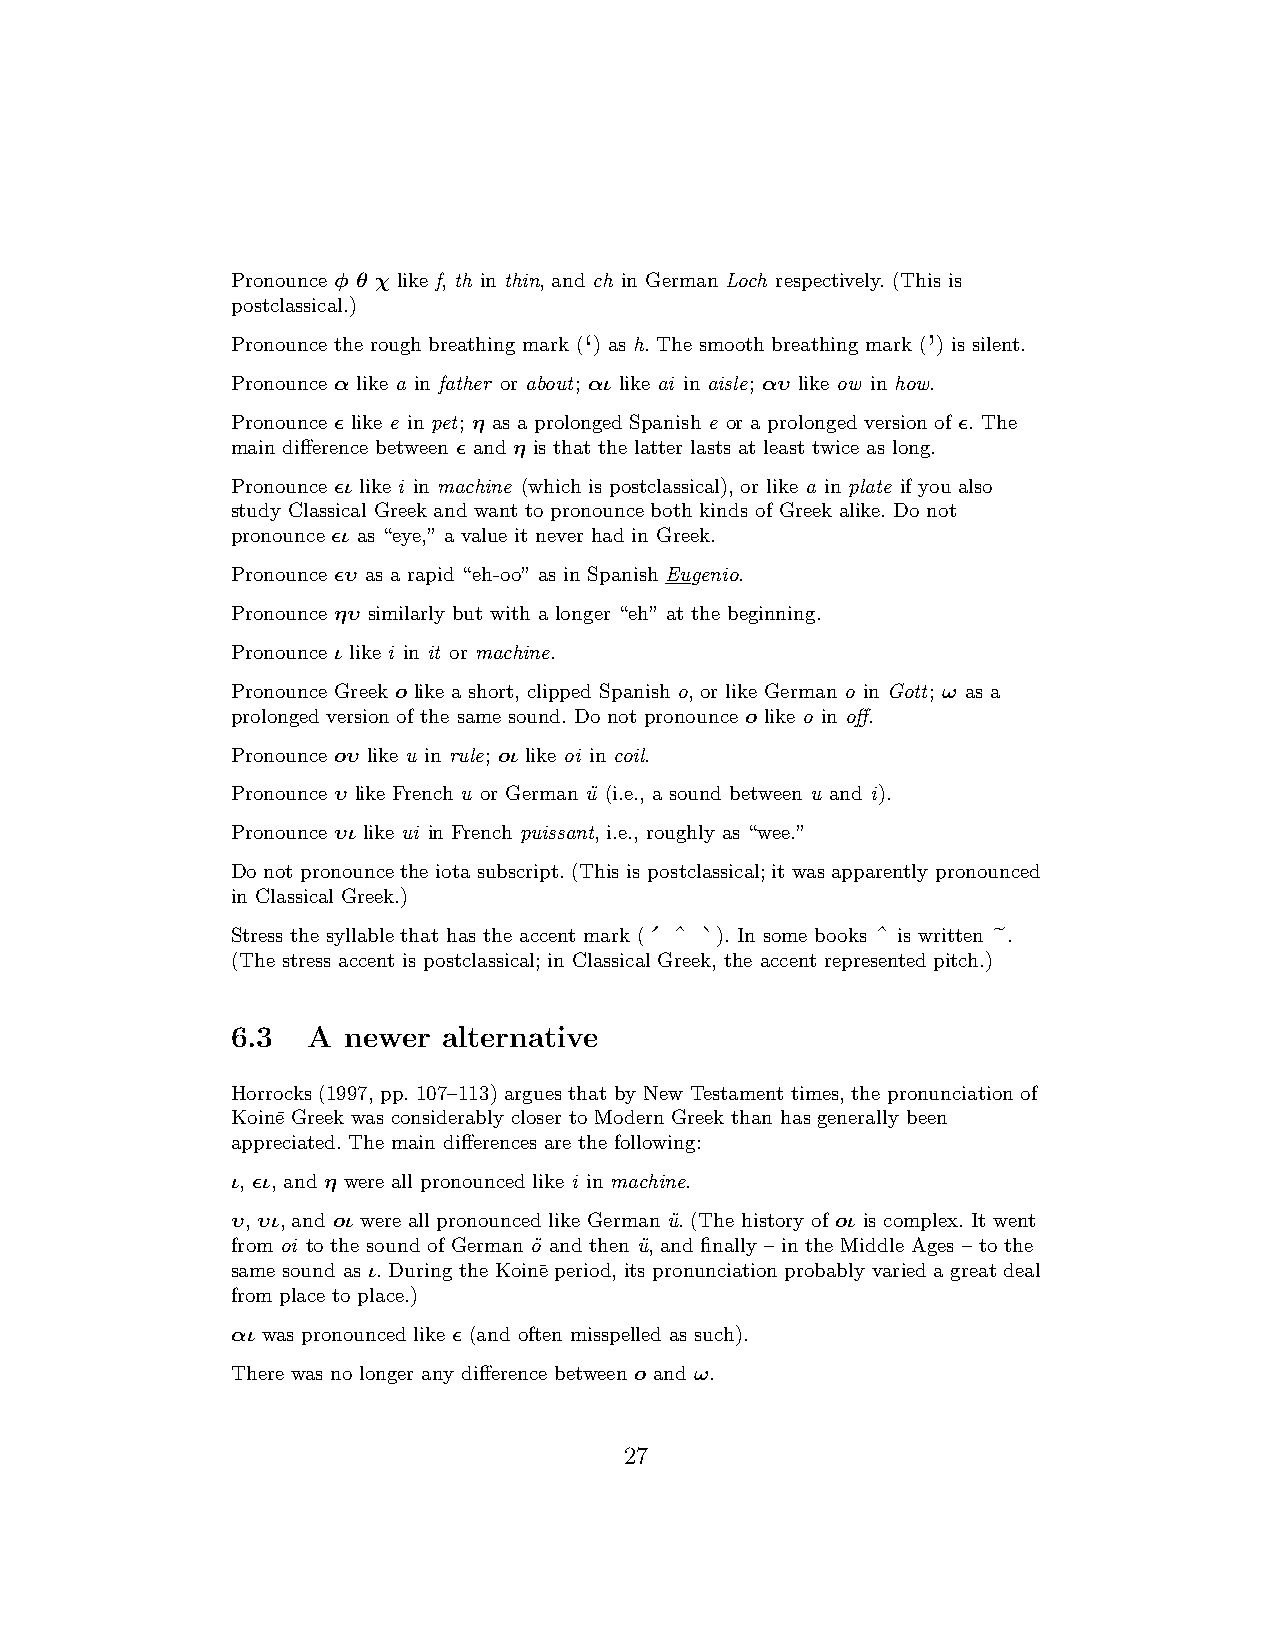
Pronounce φ θ χ like f, th in thin, and ch in German Loch respectively. (This is
 postclassical.)
 ‘                     ’
 Pronounce the rough breathing mark ( ) as h. The smooth breathing mark ( ) is silent.
 Pronounce α like a in father or about; αι like ai in aisle; αυ like ow in how.
 Pronounce ǫ like e in pet; η as a prolonged Spanish e or a prolonged version of ǫ. The
 main difference between ǫ and η is that the latter lasts at least twice as long.
 Pronounce ǫι like i in machine (which is postclassical), or like a in plate if you also
 study Classical Greek and want to pronounce both kinds of Greek alike. Do not
 pronounce ǫι as “eye,” a value it never had in Greek.
 Pronounce ǫυ as a rapid “eh-oo” as in Spanish Eugenio.
 Pronounce ηυ similarly but with a longer “eh” at the beginning.
 Pronounce ι like i in it or machine.
 Pronounce Greek o like a short, clipped Spanish o, or like German o in Gott; ω as a
 prolonged version of the same sound. Do not pronounce o like o in off.
 Pronounce oυ like u in rule; oι like oi in coil.
 Pronounce υ like French u or German u¨ (i.e., a sound between u and i).
 Pronounce υι like ui in French puissant, i.e., roughly as “wee.”
 Do not pronounce the iota subscript. (This is postclassical;it was apparently pronounced
 in Classical Greek.)
 ´ ˆ `          ˆ       ˜
 Stress the syllable that has the accent mark ( ). In some books is written .
 (The stress accent is postclassical; in Classical Greek, the accent represented pitch.)
 6.3  A  newer alternative
 Horrocks (1997, pp. 107–113)argues that by New Testament times, the pronunciation of
 Koin¯e Greek was considerably closer to Modern Greek than has generally been
 appreciated. The main differences are the following:
 ι, ǫι, and η were all pronounced like i in machine.
 υ, υι, and oι were all pronounced like German u¨. (The history of oι is complex. It went
 from oi to the sound of German o¨ and then u¨, and finally – in the Middle Ages – to the
 same sound as ι. During the Koin¯e period, its pronunciationprobably varied a great deal
 from place to place.)
 αι was pronounced like ǫ (and often misspelled as such).
 There was no longer any difference between o and ω.
 27